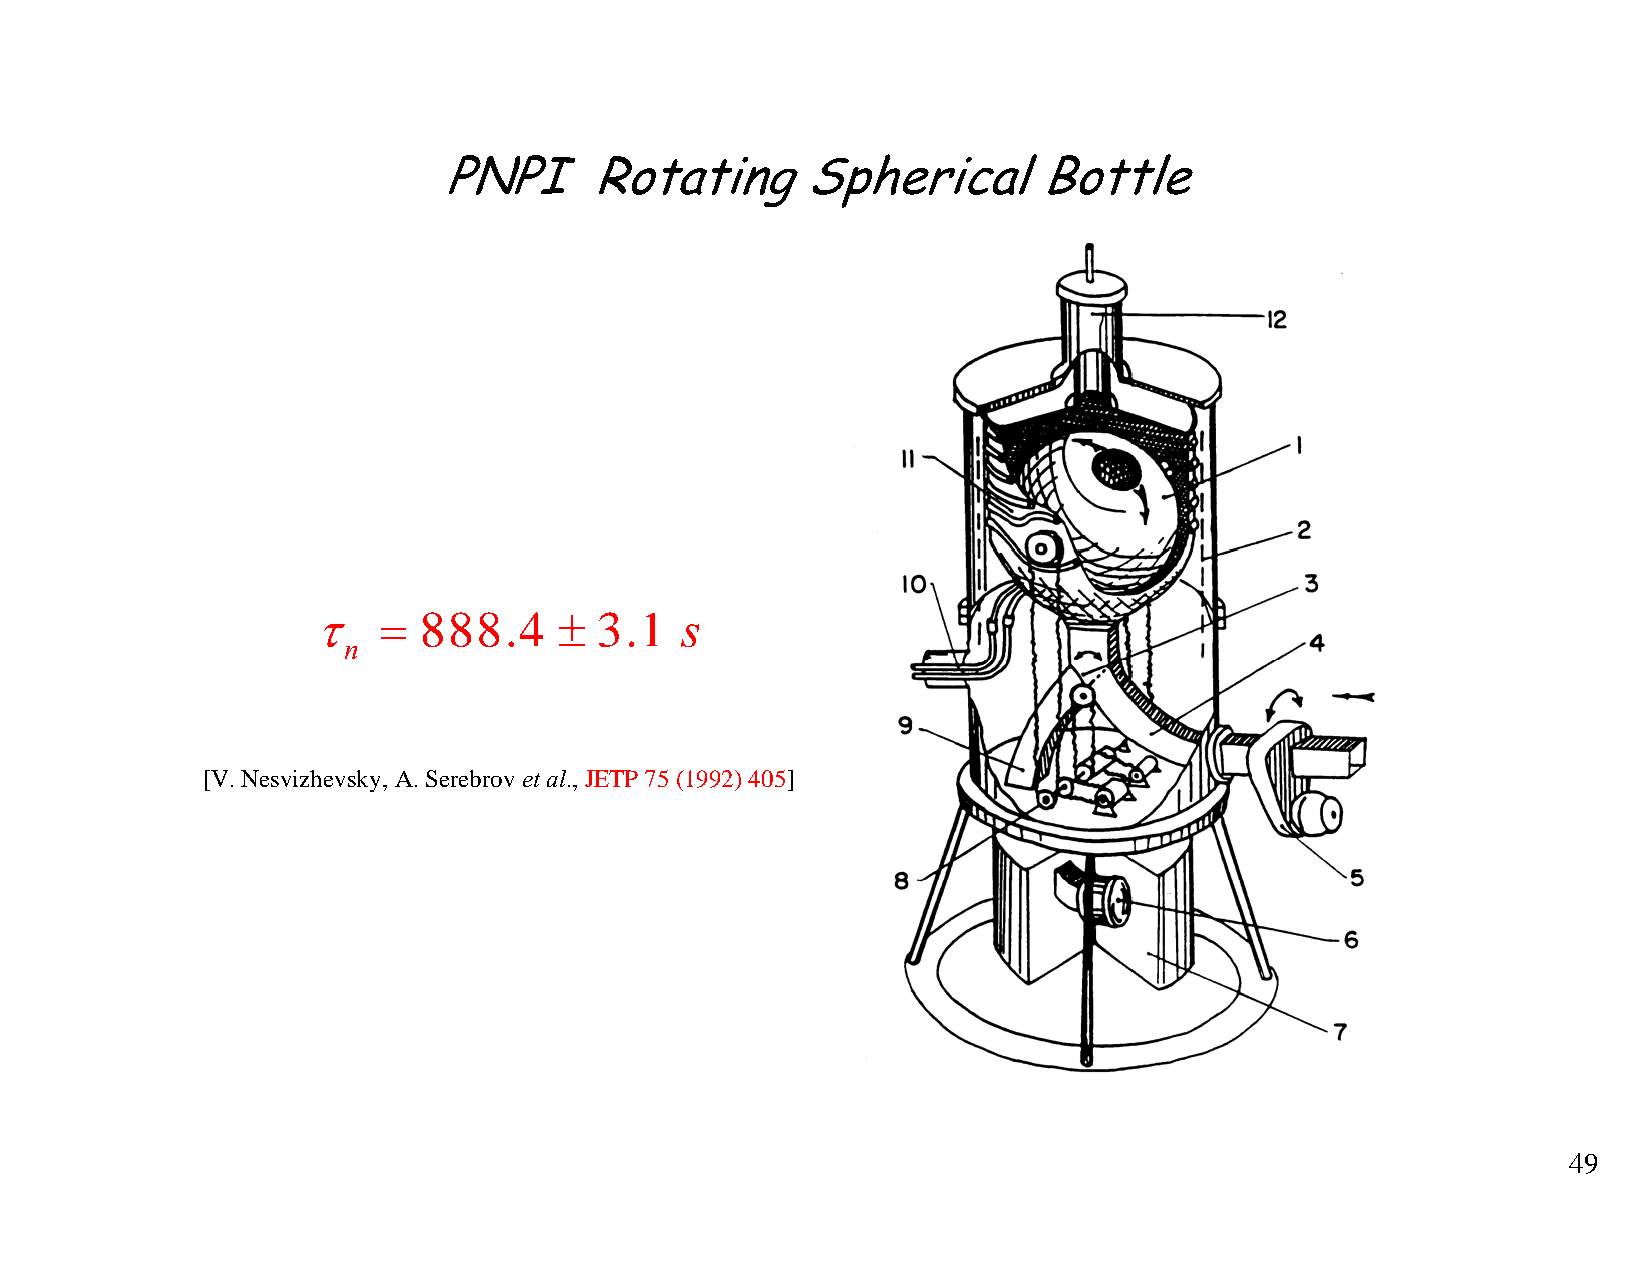
PNPI      Rotating      Spherical       Bottle
 τ   =  888.4    ±  3.1  s
 n
 [V. Nesvizhevsky, A. Serebrov et al., JETP 75 (1992) 405]
 49